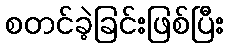
စတင်ခဲ့ခြင်းဖြစ်ပြီး